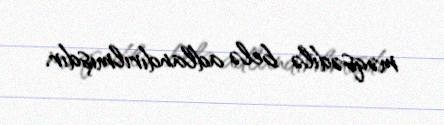
məqsədilə belə adlandırılmışdır.